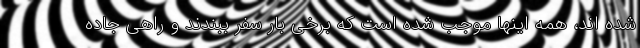
شده اند، همه اینها موجب شده است که برخی بار سفر ببندند و راهی جاده